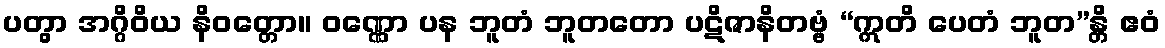
ပတွာ အဂ္ဂိဝိယ နိဝတ္တော။ ဝဏ္ဏော ပန ဘူတံ ဘူတတော ပဋိဇာနိတဗ္ဗံ “ဣတိ ပေတံ ဘူတ”န္တိ ဧဝံ